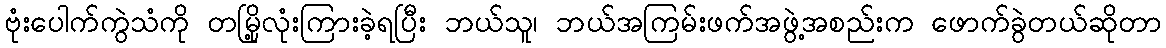
ဗုံးပေါက်ကွဲသံကို တမြို့လုံးကြားခဲ့ရပြီး ဘယ်သူ၊ ဘယ်အကြမ်းဖက်အဖွဲ့အစည်းက ဖောက်ခွဲတယ်ဆိုတာ